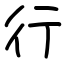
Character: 行